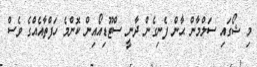
މި ޝޯގައި ސަލްމާން ޙާން ފެނިގެން ދާނީ ސްޓޫޑިއޯއިން ކޮންމެ ހަފްތާއެއްގެ ވެސް